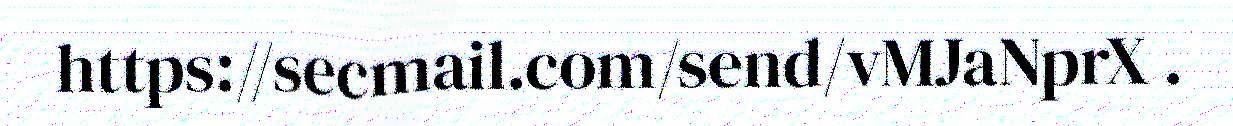
https://secmail.com/send/vMJaNprX .